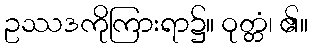
ဥဿဒကိုကြားရာ၌။ ဝုတ္တံ၊ ၏။